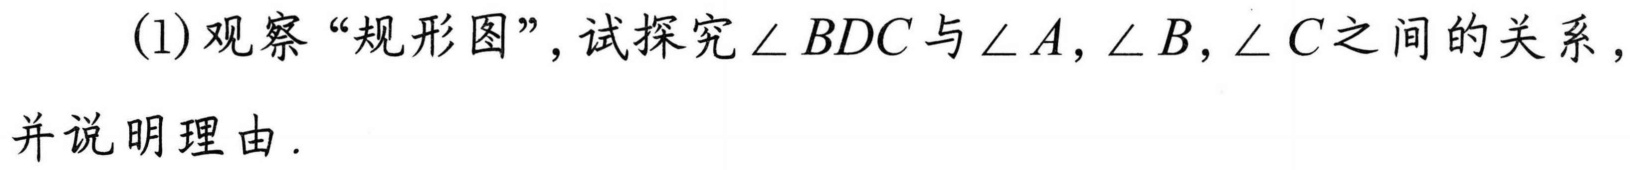
(1)观察“规形图”，试探究$\angle BDC$与$\angle A,\angle B,\angle C$之间的关系，并说明理由.